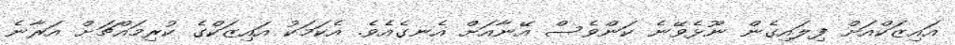
އައިޒަކްއަށް ފިލައިގެން ނޫޅެވޭނެ ކަންވެސް އޭނާއަށް އެނގެއެވެ. އެކަމަކު އައިޒަކްގެ ކުރިމައްޗަށް އަރާނެ